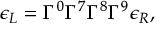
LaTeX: \epsilon _ { L } = \Gamma ^ { 0 } \Gamma ^ { 7 } \Gamma ^ { 8 } \Gamma ^ { 9 } \epsilon _ { R } ,